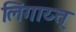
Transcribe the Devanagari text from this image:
लिंगाय्त्